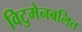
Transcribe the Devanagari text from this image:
विटुमेनबलित